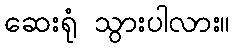
ဆေးရုံ သွားပါလား။